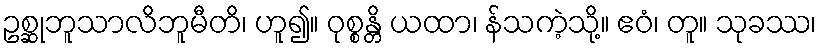
ဥစ္ဆုဘူသာလိဘူမီတိ၊ ဟူ၍။ ဝုစ္စန္တိ ယထာ၊ န်သကဲ့သို့။ ဧဝံ၊ တူ။ သုခဿ၊